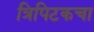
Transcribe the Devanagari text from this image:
त्रिपिटकचा